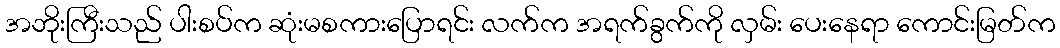
အဘိုးကြီးသည် ပါးစပ်က ဆုံးမစကားပြောရင်း လက်က အရက်ခွက်ကို လှမ်း ပေးနေရာ ကောင်းမြတ်က